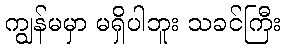
ကျွန်မမှာ မရှိပါဘူး သခင်ကြီး